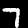
Digit: 7